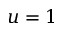
u = 1